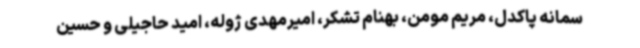
سمانه پاکدل، مریم مومن، بهنام تشکر، امیرمهدی ژوله، امید حاجیلی و حسین